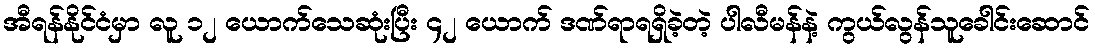
အီရန်နိုင်ငံမှာ လူ ၁၂ ယောက်သေဆုံးပြီး ၄၂ ယောက် ဒဏ်ရာရရှိခဲ့တဲ့ ပါလီမန်နဲ့ ကွယ်လွန်သူခေါင်းဆောင်